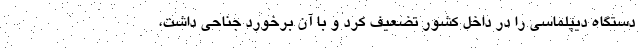
دستگاه دیپلماسی را در داخل کشور تضعیف کرد و با آن برخورد جناحی داشت،